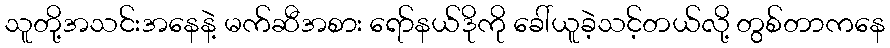
သူတို့အသင်းအနေနဲ့ မက်ဆီအစား ရော်နယ်ဒိုကို ခေါ်ယူခဲ့သင့်တယ်လို့ တွစ်တာကနေ